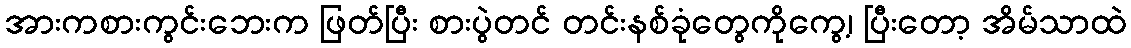
အားကစားကွင်းဘေးက ဖြတ်ပြီး စားပွဲတင် တင်းနစ်ခုံတွေကိုကွေ့၊ ပြီးတော့ အိမ်သာထဲ